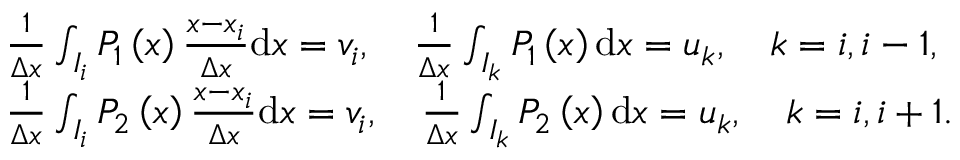
\begin{array} { r l } & { \frac { 1 } { \Delta x } \int _ { I _ { i } } P _ { 1 } \left( x \right) \frac { x - x _ { i } } { \Delta x } \mathrm { d } x = v _ { i } , \quad \frac { 1 } { \Delta x } \int _ { I _ { k } } P _ { 1 } \left( x \right) \mathrm { d } x = u _ { k } , \quad k = i , i - 1 , } \\ & { \frac { 1 } { \Delta x } \int _ { I _ { i } } P _ { 2 } \left( x \right) \frac { x - x _ { i } } { \Delta x } \mathrm { d } x = v _ { i } , \quad \frac { 1 } { \Delta x } \int _ { I _ { k } } P _ { 2 } \left( x \right) \mathrm { d } x = u _ { k } , \quad k = i , i + 1 . } \end{array}